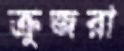
ক্রুজরা